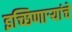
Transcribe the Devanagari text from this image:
इच्छिणाऱ्यांचे